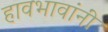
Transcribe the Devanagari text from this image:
हावभावांनीं